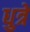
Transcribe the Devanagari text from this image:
धुत्रे